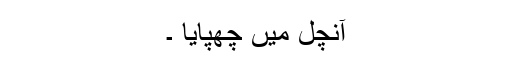
آنچل میں چھپایا ۔